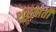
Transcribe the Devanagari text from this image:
शुरवाती